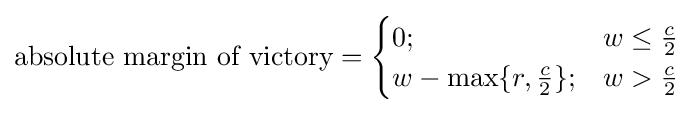
{\mbox{absolute margin of victory}}={\begin{cases}0;&w\leq {\frac {c}{2}}\\w-\max\{r,{\frac {c}{2}}\};&w>{\frac {c}{2}}\end{cases}}